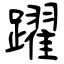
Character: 躍